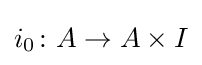
i_{0}\colon A\to A\times I